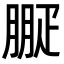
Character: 㽰